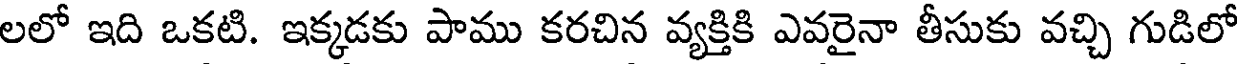
లలో ఇది ఒకటి. ఇక్కడకు పాము కరచిన వ్యక్తికి ఎవరైనా తీసుకు వచ్చి గుడిలో